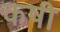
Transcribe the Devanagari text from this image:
कषी